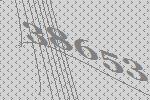
38653